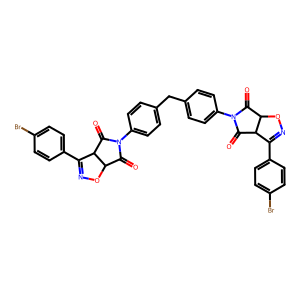
SMILES: O=C1C2ON=C(c3ccc(Br)cc3)C2C(=O)N1c1ccc(Cc2ccc(N3C(=O)C4ON=C(c5ccc(Br)cc5)C4C3=O)cc2)cc1
Inhibits HIV replication: No